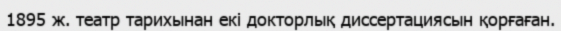
1895 ж. театр тарихынан екі докторлық диссертациясын қорғаған.